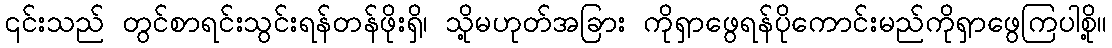
၎င်းသည် တွင်စာရင်းသွင်းရန်တန်ဖိုးရှိ၊ သို့မဟုတ်အခြား ကိုရှာဖွေရန်ပိုကောင်းမည်ကိုရှာဖွေကြပါစို့။